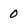
Character: 0